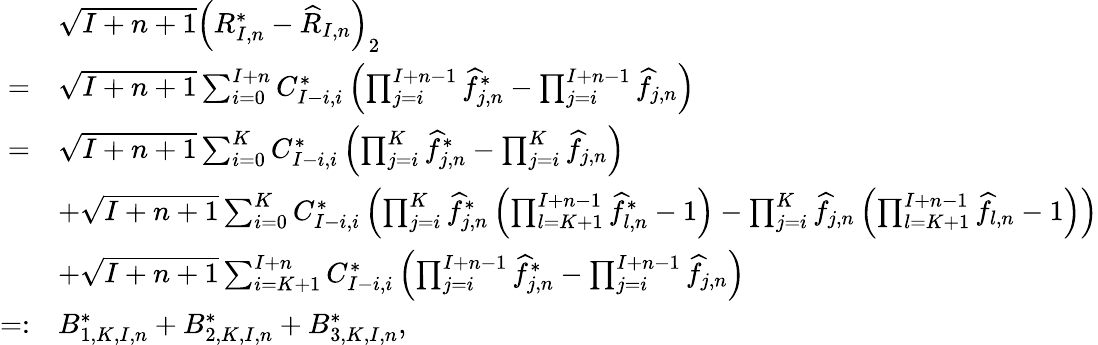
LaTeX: \begin{array}{rl}&{\sqrt{I+n+1}\left(R_{I,n}^{*}-\widehat{R}_{I,n}\right)_{2}}\\ {=}&{\sqrt{I+n+1}\sum_{i=0}^{I+n}C_{I-i,i}^{*}\left(\prod_{j=i}^{I+n-1}\widehat{f}_{j,n}^{*}-\prod_{j=i}^{I+n-1}\widehat{f}_{j,n}\right)}\\ {=}&{\sqrt{I+n+1}\sum_{i=0}^{K}C_{I-i,i}^{*}\left(\prod_{j=i}^{K}\widehat{f}_{j,n}^{*}-\prod_{j=i}^{K}\widehat{f}_{j,n}\right)}\\ &{+\sqrt{I+n+1}\sum_{i=0}^{K}C_{I-i,i}^{*}\left(\prod_{j=i}^{K}\widehat{f}_{j,n}^{*}\left(\prod_{l=K+1}^{I+n-1}\widehat{f}_{l,n}^{*}-1\right)-\prod_{j=i}^{K}\widehat{f}_{j,n}\left(\prod_{l=K+1}^{I+n-1}\widehat f_{l,n}-1\right)\right)}\\ &{+\sqrt{I+n+1}\sum_{i=K+1}^{I+n}C_{I-i,i}^{*}\left(\prod_{j=i}^{I+n-1}\widehat{f}_{j,n}^{*}-\prod_{j=i}^{I+n-1}\widehat{f}_{j,n}\right)}\\ {=:}&{B_{1,K,I,n}^{*}+B_{2,K,I,n}^{*}+B_{3,K,I,n}^{*},}\end{array}